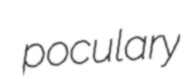
poculary